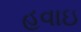
હવાઇ